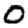
Digit: 0